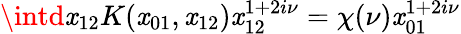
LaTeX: \intd\mathit{x}_{12}K(\mathit{x}_{01},\mathit{x}_{12})\mathit{x}_{12}^{1+2i\nu}=\chi(\nu)\mathit{x}_{01}^{1+2i\nu}